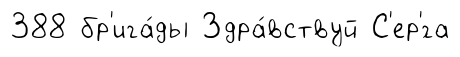
388 бр'ига́ды Здра́вствуй С'ер'́га